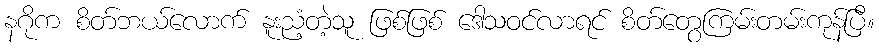
နဂိုက စိတ်ဘယ်လောက် နူးညံ့တဲ့သူ ဖြစ်ဖြစ် ဒေါသဝင်လာရင် စိတ်တွေကြမ်းတမ်းကုန်ပြီ။